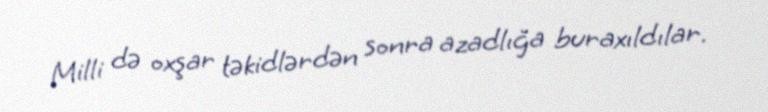
Milli də oxşar təkidlərdən sonra azadlığa buraxıldılar.